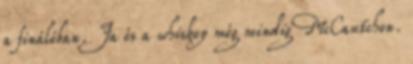
a fináléban. Ja és a whiskey még mindig McCautchon.